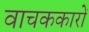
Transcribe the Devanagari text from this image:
वाचककारों